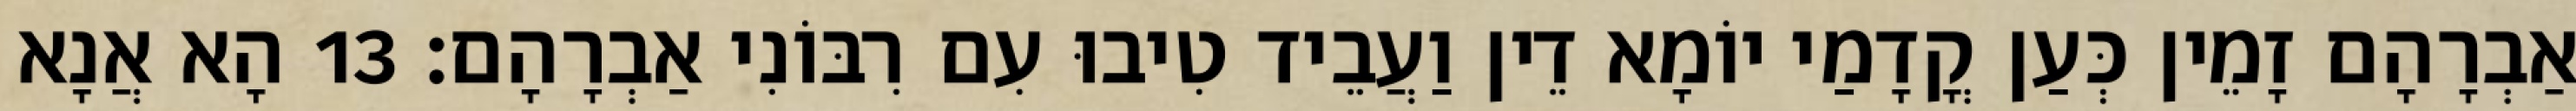
אַבְרָהָם זָמֵין כְּעַן קֳדָמַי יוֹמָא דֵין וַעֲבֵיד טִיבוּ עִם רִבּוֹנִי אַבְרָהָם׃ 13 הָא אֲנָא